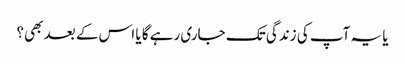
یا یہ آپ کی زندگی تک جاری رہے گا یا اس کے بعد بھی؟